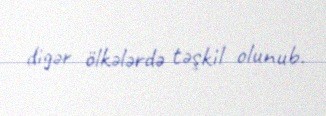
digər ölkələrdə təşkil olunub.